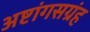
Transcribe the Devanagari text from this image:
अष्टांगसग्रंह